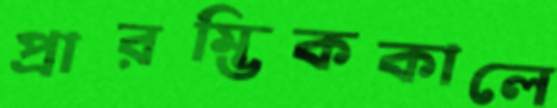
প্রারম্ভিককালে